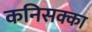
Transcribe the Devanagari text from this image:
कनिसक्का